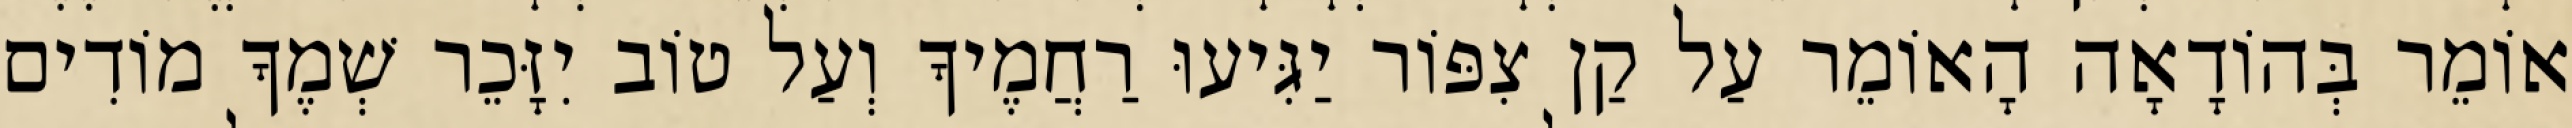
אוֹמֵר בְּהוֹדָאָה הָאוֹמֵר עַל קַן צִפּוֹר יַגִּיעוּ רַחֲמֶיךָ וְעַל טוֹב יִזָּכֵר שְׁמֶךָ מוֹדִים